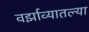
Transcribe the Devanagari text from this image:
वर्झाव्यातल्या